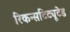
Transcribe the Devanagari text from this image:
रिकन्सटिट्यूटेड